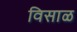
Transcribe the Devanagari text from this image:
विसाळ